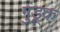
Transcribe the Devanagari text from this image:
गुंड्रूक